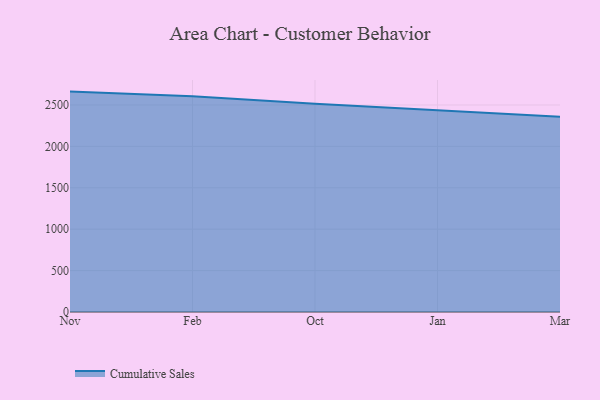
{"axis": {"x": "Month", "y": "Market Share (%)"}, "legend": ["Cumulative Sales"], "data": [{"x": "Nov", "y": 2661.4, "type": "Cumulative Sales"}, {"x": "Feb", "y": 2606.7, "type": "Cumulative Sales"}, {"x": "Oct", "y": 2513.2, "type": "Cumulative Sales"}, {"x": "Jan", "y": 2432.7, "type": "Cumulative Sales"}, {"x": "Mar", "y": 2358.5, "type": "Cumulative Sales"}]}